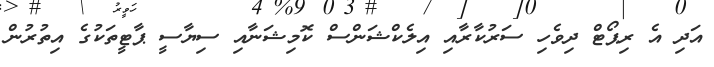
އަދި އެ ރިޕޯޓް ދިވެހި ސަރުކާރާއި އިލެކްޝަންސް ކޮމިޝަނާއި ސިޔާސީ ޕާޓީތަކުގެ އިތުރުން